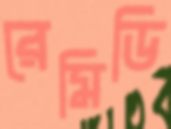
রেমিডি